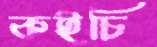
কইচি